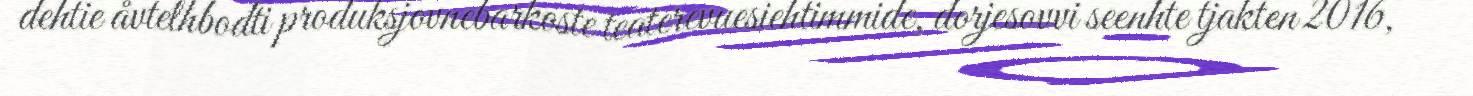
dehtie åvtelhbodti produksjovnebarkoste teaterevuesiehtimmide, dorjesovvi seenhte tjakten 2016,